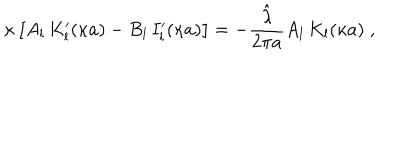
\kappa \left[ A _ { l } \, K _ { l } ^ { \prime } ( \kappa a ) - B _ { l } \, I _ { l } ^ { \prime } ( \kappa a ) \right] = - \frac { \hat { \lambda } } { 2 \pi a } A _ { l } \, K _ { l } ( \kappa a ) \; ,